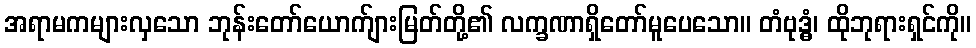
အရာမကများလှသော ဘုန်းတော်ယောက်ျားမြတ်တို့၏ လက္ခဏာရှိတော်မူပေသော။ တံဗုဒ္ဓံ၊ ထိုဘုရားရှင်ကို။